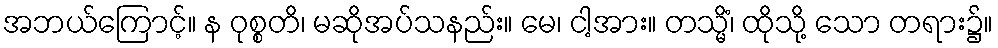
အဘယ်ကြောင့်။ န ဝုစ္စတိ၊ မဆိုအပ်သနည်း။ မေ၊ ငါ့အား။ တသ္မိံ၊ ထိုသို့ သော တရား၌။